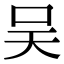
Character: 吴